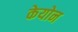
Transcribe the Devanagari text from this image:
केयोन